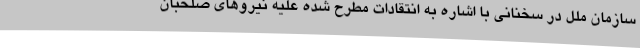
سازمان ملل در سخنانی با اشاره به انتقادات مطرح شده علیه نیروهای صلحبان